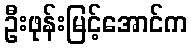
ဦးဖုန်းမြင့်အောင်က